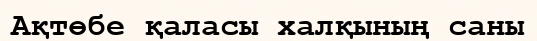
Ақтөбе қаласы халқының саны